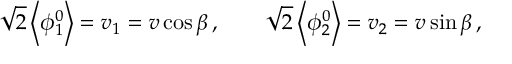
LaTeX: \sqrt 2 \left< \phi _ { 1 } ^ { 0 } \right> = v _ { 1 } = v \cos \beta \, , \qquad \sqrt 2 \left< \phi _ { 2 } ^ { 0 } \right> = v _ { 2 } = v \sin \beta \, ,